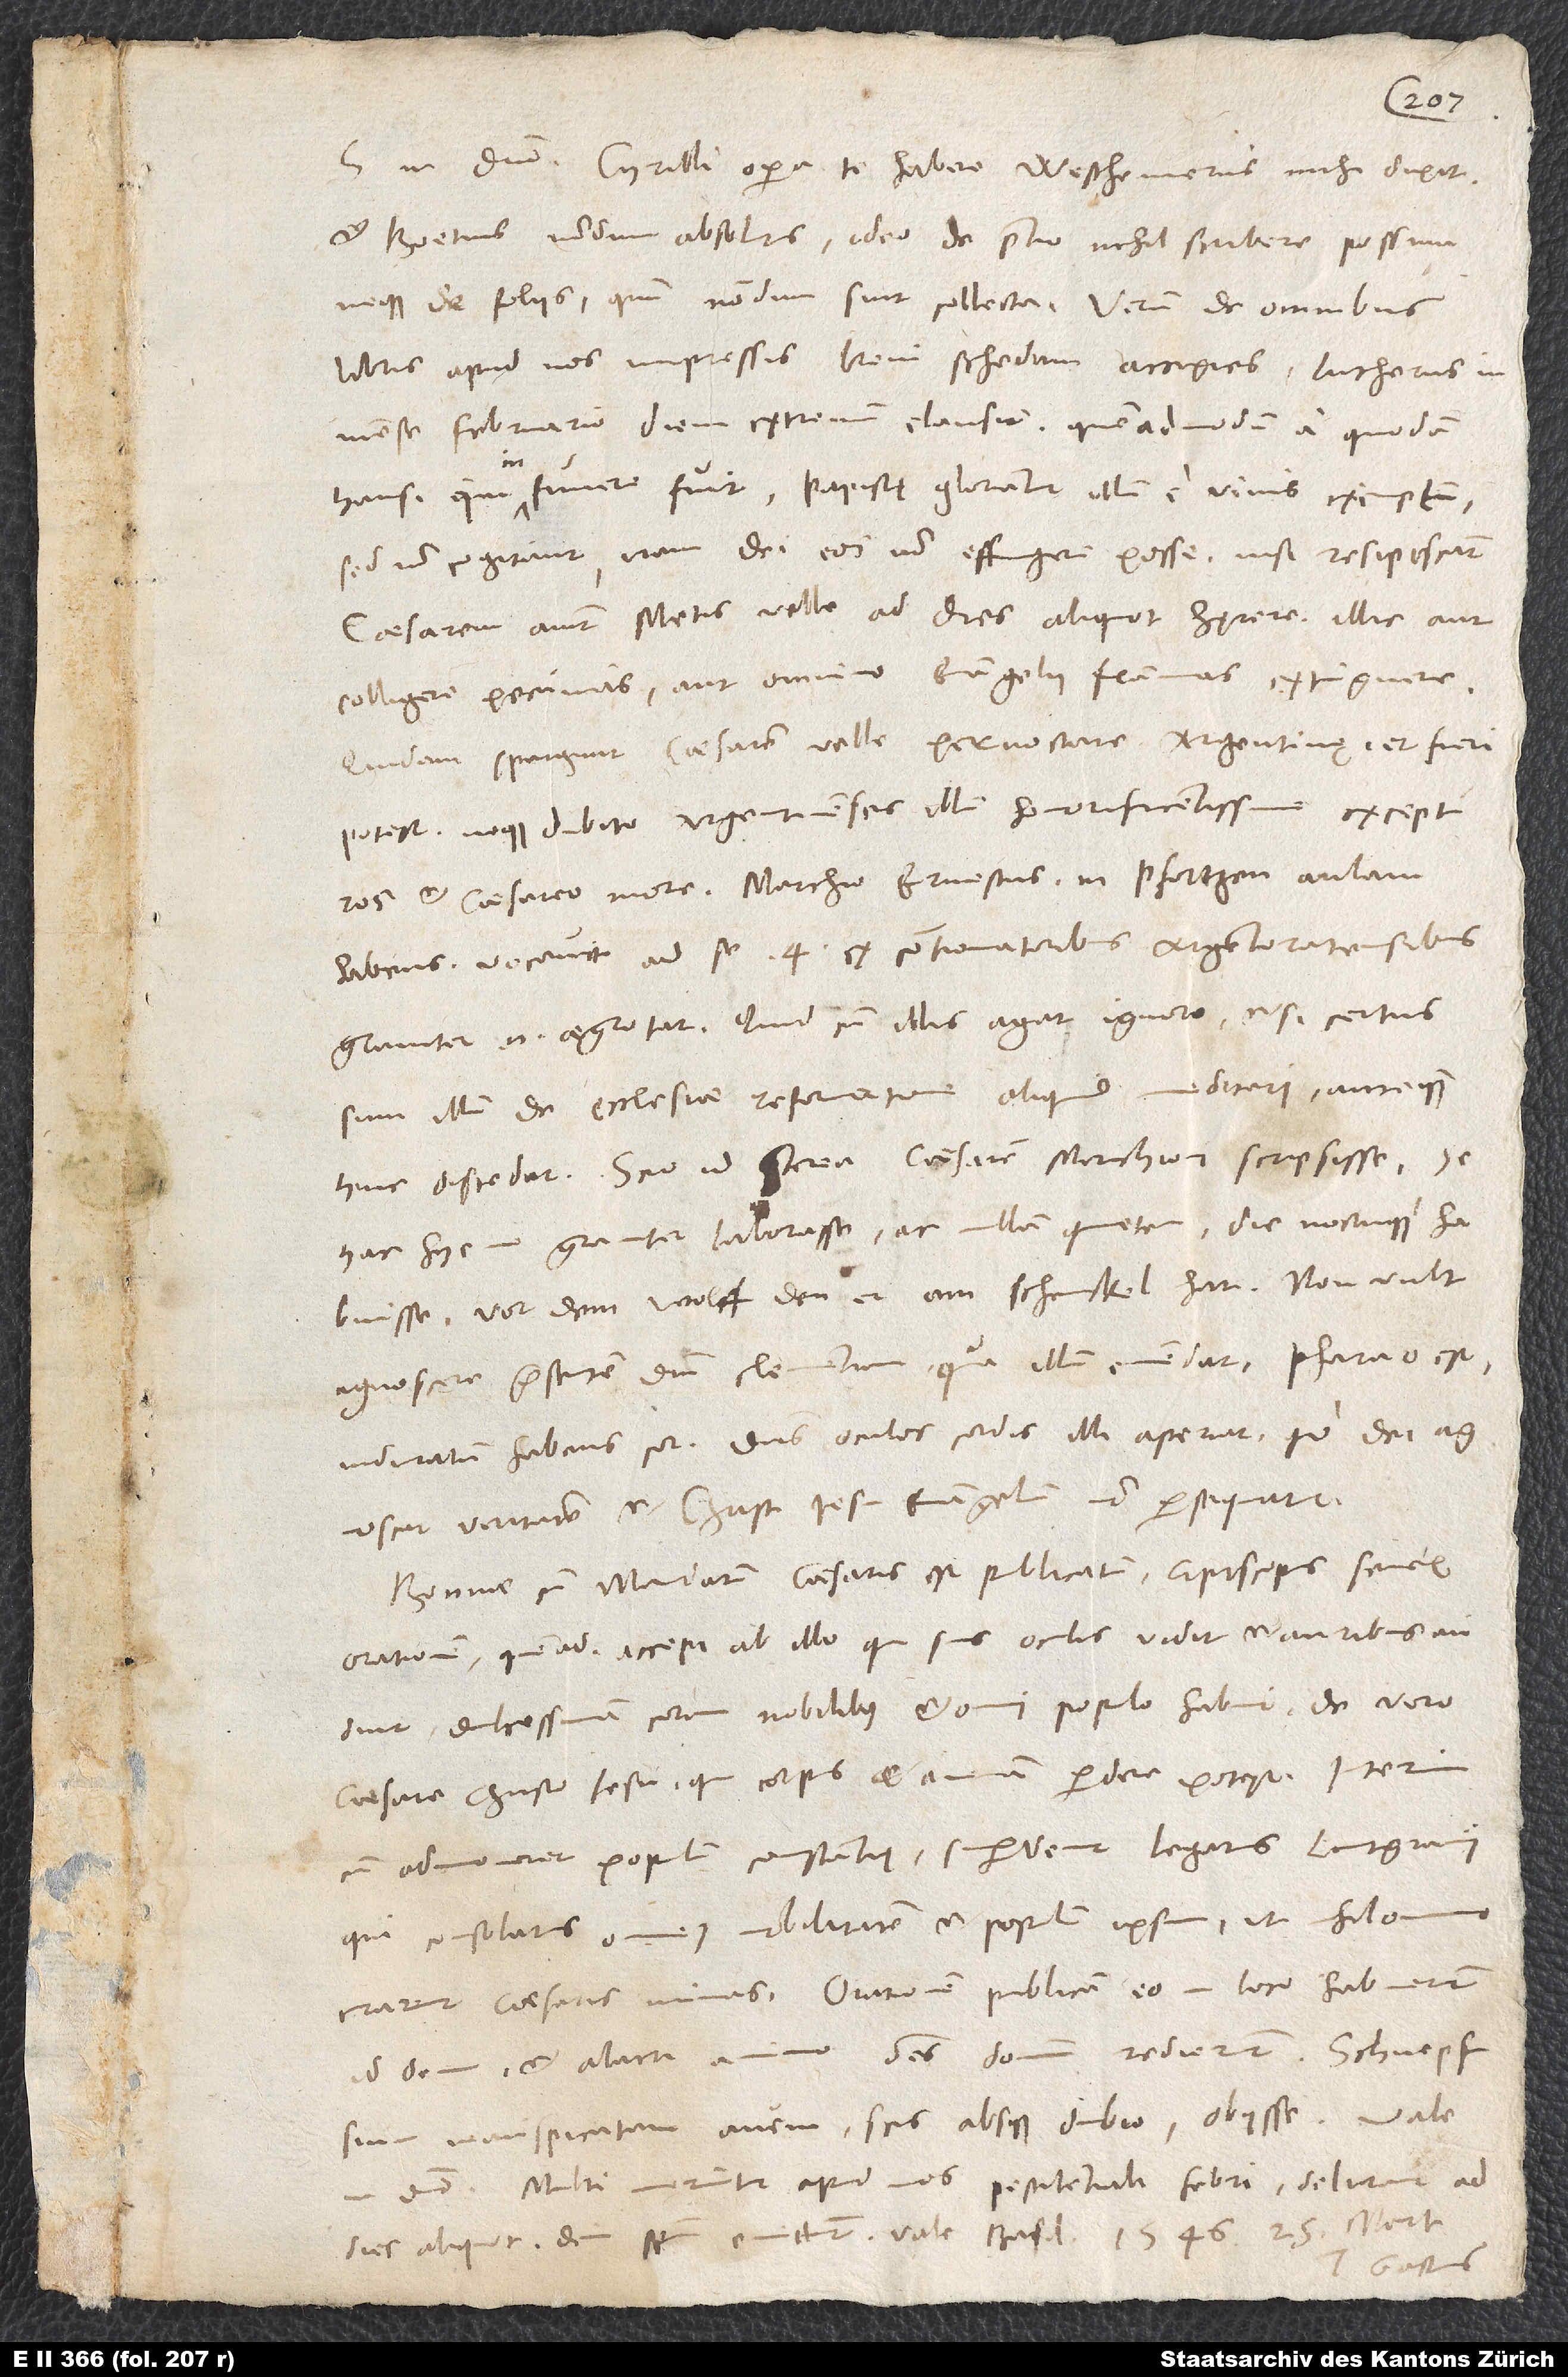
S. in domino. Cyrilli opera te habere Westhemerus mihi dixit,
et Boetius nondum absolutus; adeo de pretio nihil scribere possum
neque de foliis, quum nondum sint collecta. Verum de omnibus
libris apud nos impressis brevi schedam accipies.
mense februario diem extremum clausit, quemadmodum a quodam
hausi, qui in funere fuit. Papistę gloriantur illum e vivis exemptum,
sed non cogitant iram dei eos non effugere posse, nisi resipiscant.
Caesarem aiunt Metis velle ad dies aliquot hęrere, illic aut
colligere pecunias aut omnino evangelii flammas extinguere.
Quidam spargunt caesarem velle pernoctare Argentinę, et fieri
potest; neque dubito Argentinenses illum honorificentissime excepturos
habens vocavit ad se 4 ex contionatoribus Argentoratensibus;
graviter enim aegrotat. Quid cum illis agat, ignoro, etsi certus
sum illum de ecclesiae reformatione aliquid meditari, antequam
hinc discedat. Scio id praeterea: Caesarem marchioni scripsisse se
hac hyeme graviter laborasse ac nullam quietem die noctuque habuisse
vor dem wolff, den er am schenckel hat. Non vult
agnoscere praesentem domini clementiam, quae illum emendat. Pharao est
agnoscat veritatem, et Christi Iesu evangelium non persequatur.
Bonnae, cum mandatum caesaris est publicatum, episcopus senex
orationem (quemadmodum accepi ab illo, qui suis oculis vidit et auribus audivit)
dulcissimam coram nobilibus et omni populo habuit de vero
caesare Christo Iesu, qui corpus et animam perdere potest. Interim,
cum admoneret populum constantię, supervenit legatus lantgravii,
qui consolatus omnem nobilitatem et populum ipsum, ut nihil omnino
curarent caesaris minas. Orationem publicam eo in loco habuerunt
ad deum, et alacri animo omnes domum redierunt.
inauspicatam avem, scis absque dubio obiisse. Vale
in domino. Multi moriuntur apud nos pestilentiali febri. Delirant ad
dies aliquot, dein spiritum emittunt. Vale. Basileae, 1546, 25. martii.
Tuus Gastius.